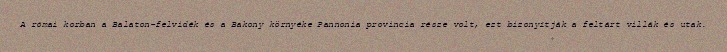
A római korban a Balaton-felvidék és a Bakony környéke Pannonia provincia része volt, ezt bizonyítják a feltárt villák és utak.